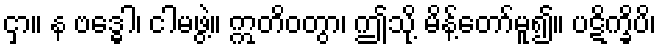
ငှာ။ န ဗဒ္ဓေါ၊ ငါမဖွဲ့။ ဣတိဝတွာ၊ ဤသို့ မိန့်တော်မူ၍။ ပဋိက္ခိပိ၊